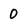
Character: 0